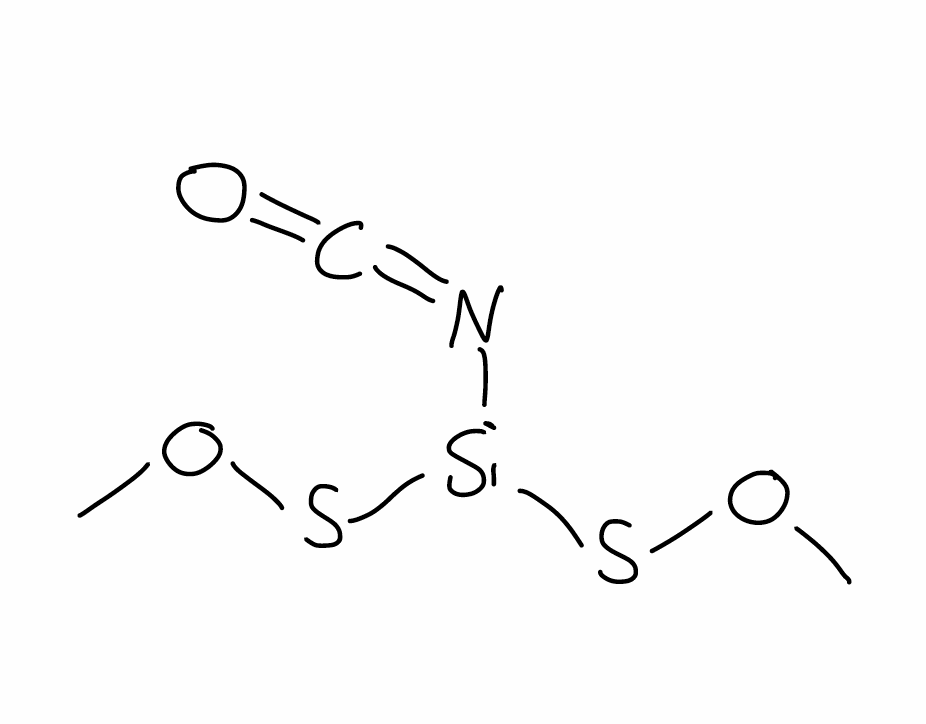
Simplified molecular-input line-entry system (SMILES) notation of the given molecule:
COS[Si](N=C=O)SOC